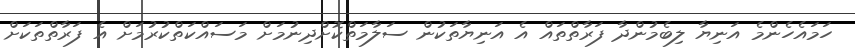
ހަމައެހެންމެ އަނިޔާ ލިބެމުންދާ ފަރާތްތައް އެ އަނިޔާތަކުން ސަލާމަތްކޮށްދިނުމަށް މަސައްކަތްކުރުމަށް އެ ފަރާތްތަކަށް